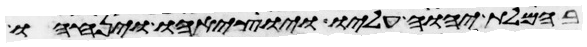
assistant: בחמלת יהוה עליו ויוציאהו ויניחהו